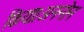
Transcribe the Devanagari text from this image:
किया।अननोन